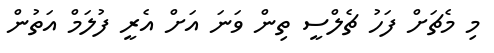
މި މެޗަށް ފަހު ޗެލްސީ ތިން ވަނަ އަށް އެރީ ފުލަމް އަތުން